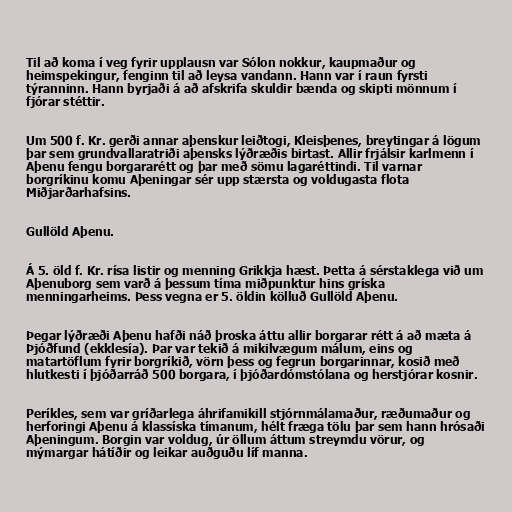
Til að koma í veg fyrir upplausn var Sólon nokkur, kaupmaður og
heimspekingur, fenginn til að leysa vandann. Hann var í raun fyrsti
týranninn. Hann byrjaði á að afskrifa skuldir bænda og skipti mönnum í
fjórar stéttir.

Um 500 f. Kr. gerði annar aþenskur leiðtogi, Kleisþenes, breytingar á lögum
þar sem grundvallaratriði aþensks lýðræðis birtast. Allir frjálsir karlmenn í
Aþenu fengu borgararétt og þar með sömu lagaréttindi. Til varnar
borgríkinu komu Aþeningar sér upp stærsta og voldugasta flota
Miðjarðarhafsins.

Gullöld Aþenu.

Á 5. öld f. Kr. rísa listir og menning Grikkja hæst. Þetta á sérstaklega við um
Aþenuborg sem varð á þessum tíma miðpunktur hins gríska
menningarheims. Þess vegna er 5. öldin kölluð Gullöld Aþenu.

Þegar lýðræði Aþenu hafði náð þroska áttu allir borgarar rétt á að mæta á
Þjóðfund (ekklesía). Þar var tekið á mikilvægum málum, eins og
matartöflum fyrir borgríkið, vörn þess og fegrun borgarinnar, kosið með
hlutkesti í þjóðarráð 500 borgara, í þjóðardómstólana og herstjórar kosnir.

Períkles, sem var gríðarlega áhrifamikill stjórnmálamaður, ræðumaður og
herforingi Aþenu á klassíska tímanum, hélt fræga tölu þar sem hann hrósaði
Aþeningum. Borgin var voldug, úr öllum áttum streymdu vörur, og
mýmargar hátíðir og leikar auðguðu líf manna.